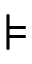
\models